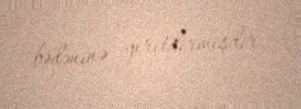
bədəninə yeritdirmişdir.